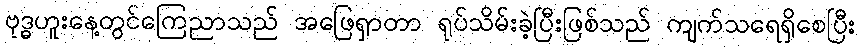
ဗုဒ္ဓဟူးနေ့တွင်ကြေညာသည် အဖြေရှာတာ ရုပ်သိမ်းခဲ့ပြီးဖြစ်သည် ကျက်သရေရှိစေပြီး